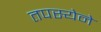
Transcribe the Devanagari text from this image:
तपस्येने